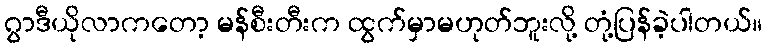
ဂွာဒီယိုလာကတော့ မန်စီးတီးက ထွက်မှာမဟုတ်ဘူးလို့ တုံ့ပြန်ခဲ့ပါတယ်။